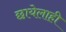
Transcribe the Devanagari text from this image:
छायेलाही